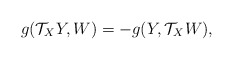
\begin{align*} g(\mathcal{T}_{X}Y, W)=-g(Y, \mathcal{T}_{X}W) ,\end{align*}